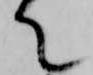
て